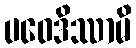
ပဝေဒိဿာမိ